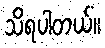
သိရပါတယ်။